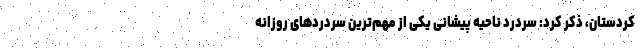
کردستان، ذکر کرد: سردرد ناحیه پیشانی یکی از مهم‌ترین سردردهای روزانه